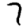
Digit: 7